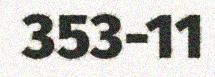
353-11